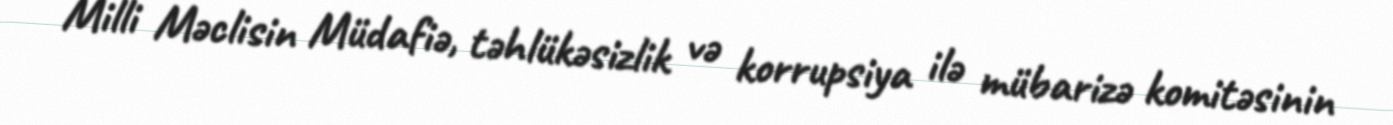
Milli Məclisin Müdafiə, təhlükəsizlik və korrupsiya ilə mübarizə komitəsinin